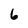
Character: 6